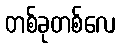
တစ်ခုတစ်လေ